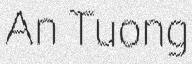
An Tuong